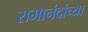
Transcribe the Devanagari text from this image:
रामानंदांच्या